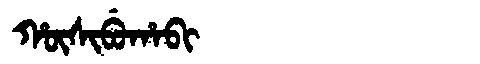
Manchu: ᡥᡡᠰᡳᠪᡠᡥᠠᠪᡳ
Romanization: HŪSIBUHABI